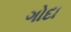
ગોદા